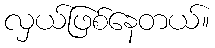
လှယ်ဖြစ်နေတယ်။